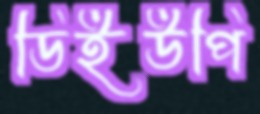
ডিইউপি